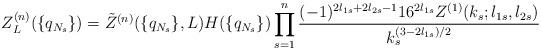
LaTeX: \begin{align*}Z_L^{(n)}(\{q_{N_s}\})=\tilde Z^{(n)}(\{q_{N_s}\},L)H(\{q_{N_s}\}) \prod_{s=1}^n\frac{(-1)^{2l_{1s}+2l_{2s}-1}16^{2l_{1s}}Z^{(1)}(k_s;l_{1s},l_{2s})}{k_s^{(3-2l_{1s})/2}}\end{align*}